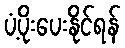
ပံ့ပိုးပေးနိုင်ရန်